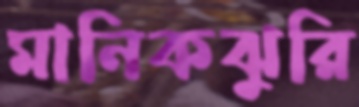
মানিকঝুরি